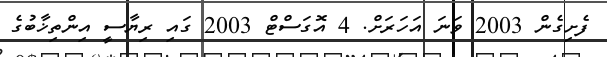
ފެށިގެން 2003 ވަނަ އަހަރަށް. 4 އޮގަސްޓް 2003 ގައި ރިޔާސީ އިންތިޚާބުގެ